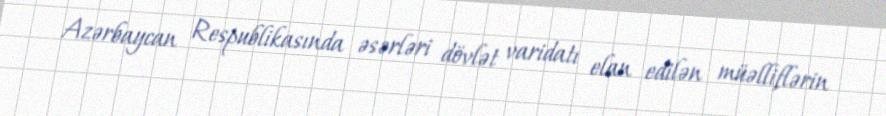
Azərbaycan Respublikasında əsərləri dövlət varidatı elan edilən müəlliflərin